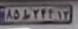
۸۵ط۲۴۴۱۳